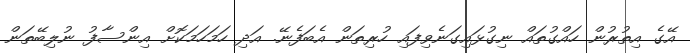
އޭގެ އިތުރުން ހައްގުތައް ނިގުޅައިގަނެވިފައި ހުރިތަން އެބަފެނޭ. އަދި ހަމަހަމަކޮށް އިންސާފު ނުލިބޭތަން